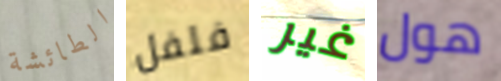
الطائشة فلفل غير هول